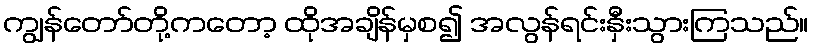
ကျွန်တော်တို့ကတော့ ထိုအချိန်မှစ၍ အလွန်ရင်းနှီးသွားကြသည်။